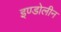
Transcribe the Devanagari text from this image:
इण्डोलीन